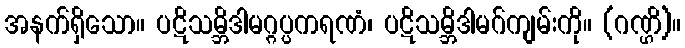
အနက်ရှိသော။ ပဋိသမ္ဘိဒါမဂ္ဂပ္ပကရဏံ၊ ပဋိသမ္ဘိဒါမဂ်ကျမ်းကို။ (ဂဏ္ဌိ)။